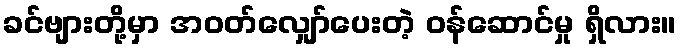
ခင်ဗျားတို့မှာ အဝတ်လျှော်ပေးတဲ့ ဝန်ဆောင်မှု ရှိလား။